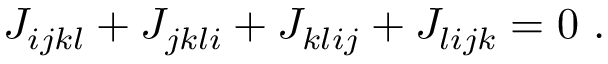
J _ { i j k l } + J _ { j k l i } + J _ { k l i j } + J _ { l i j k } = 0 ~ .